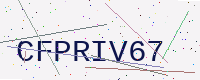
Text: CFPRIV67